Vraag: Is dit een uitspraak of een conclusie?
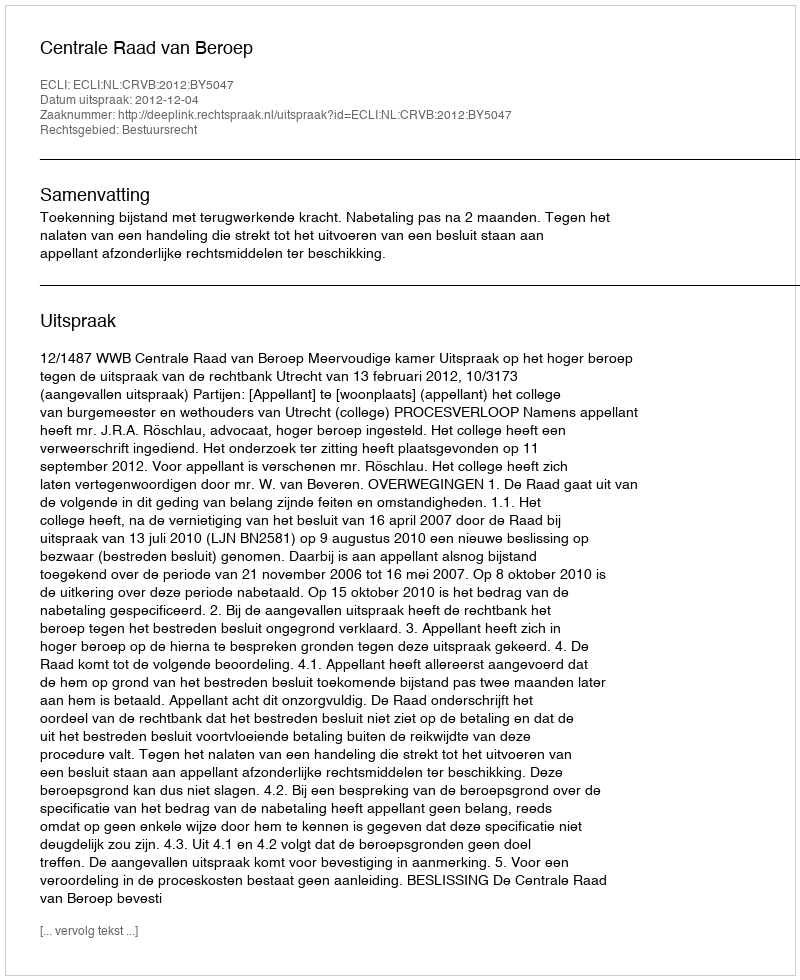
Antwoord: Uitspraak